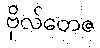
ဗိုလ်တေဇ